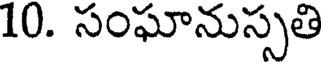
10. సంఘానుస్సతి